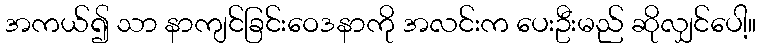
အကယ်၍ သာ နာကျင်ခြင်းဝေဒနာကို အလင်းက ပေးဦးမည် ဆိုလျှင်ပေါ့။